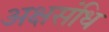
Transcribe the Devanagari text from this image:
अक्षसंधि